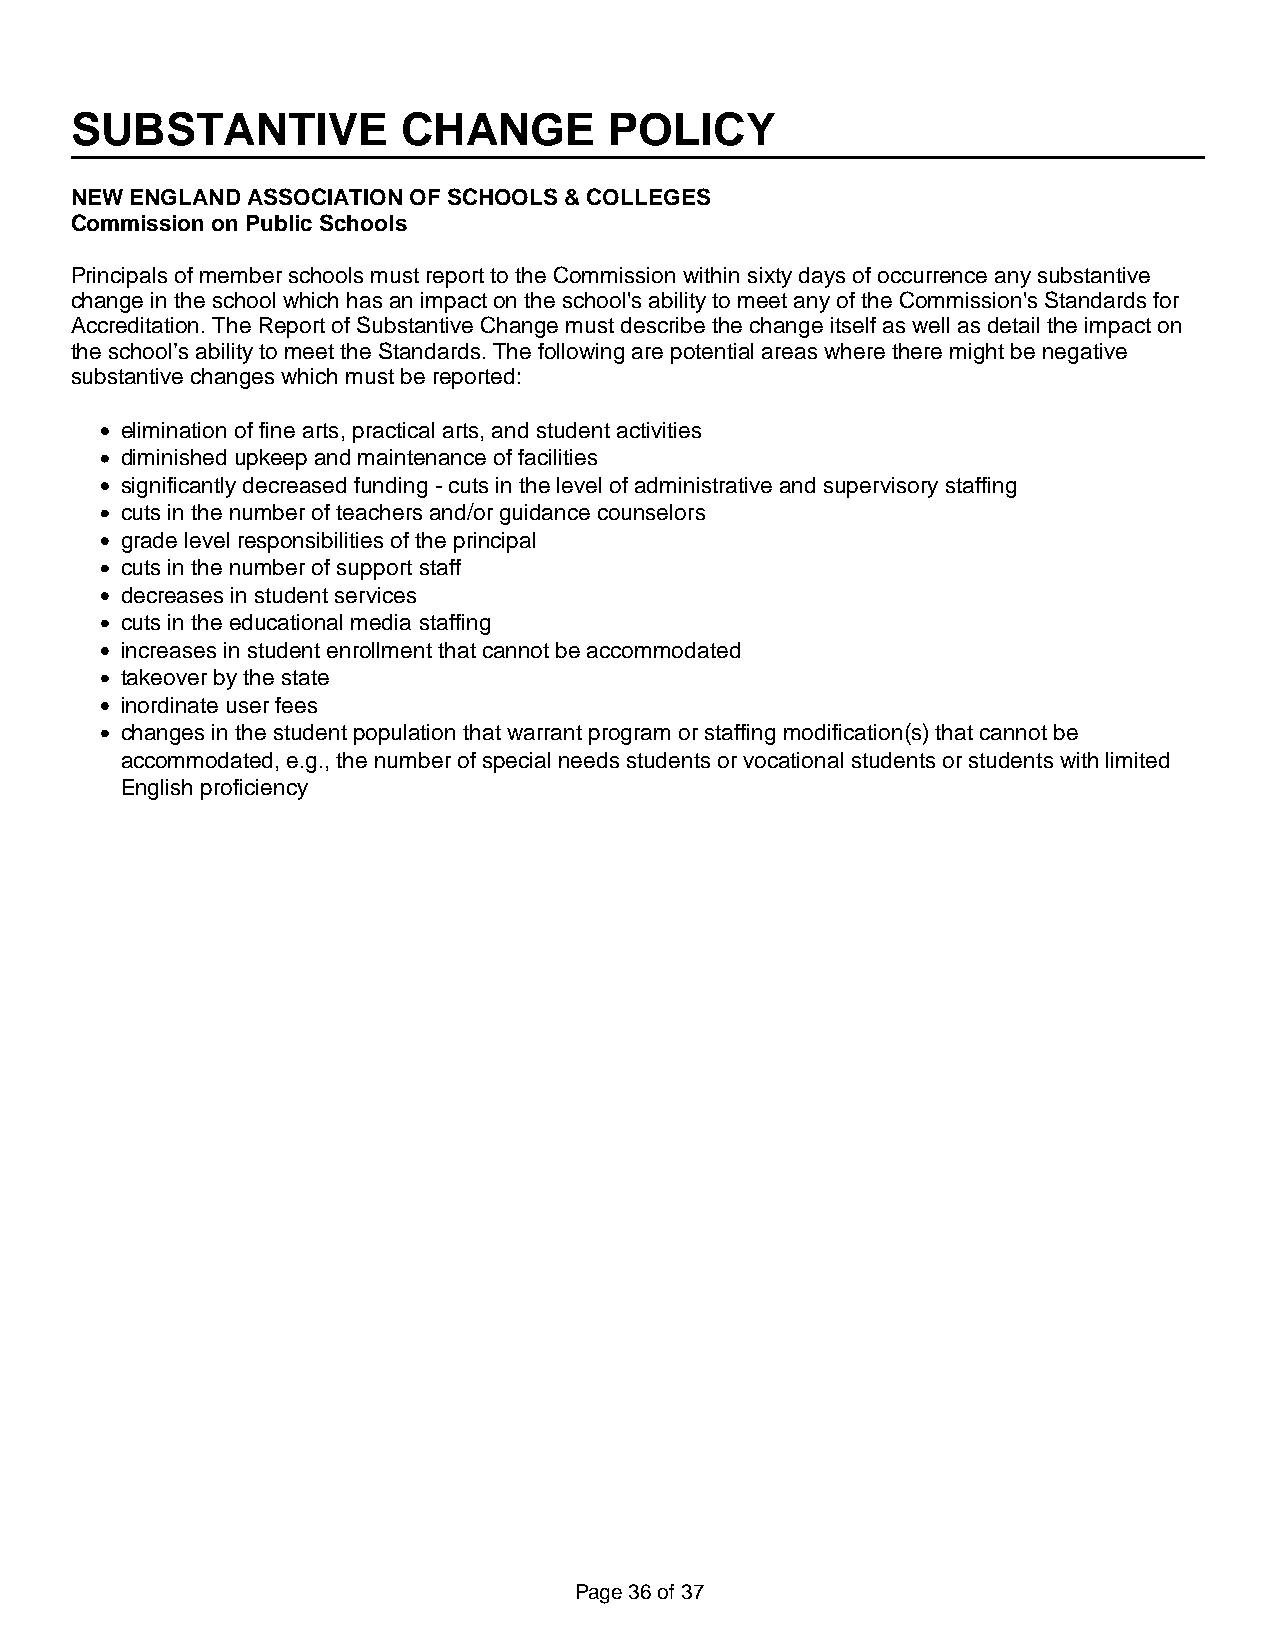
SUBSTANTIVE           CHANGE       POLICY
 NEW ENGLAND ASSOCIATION OF SCHOOLS & COLLEGES
 Commission on Public Schools
 Principals of member schools must report to the Commission within sixty days of occurrence any substantive
 change in the school which has an impact on the school's ability to meet any of the Commission's Standards for
 Accreditation. The Report of Substantive Change must describe the change itself as well as detail the impact on
 the school’s ability to meet the Standards. The following are potential areas where there might be negative
 substantive changes which must be reported:
 elimination of fine arts, practical arts, and student activities
 diminished upkeep and maintenance of facilities
 significantly decreased funding - cuts in the level of administrative and supervisory staffing
 cuts in the number of teachers and/or guidance counselors
 grade level responsibilities of the principal
 cuts in the number of support staff
 decreases in student services
 cuts in the educational media staffing
 increases in student enrollment that cannot be accommodated
 takeover by the state
 inordinate user fees
 changes in the student population that warrant program or staffing modification(s) that cannot be
 accommodated, e.g., the number of special needs students or vocational students or students with limited
 English proficiency
 Page 36 of 37